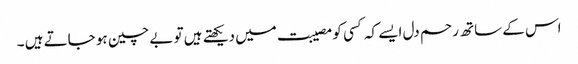
اس کے ساتھ رحم دل ایسے کہ کسی کو مصیبت میں دیکھتے ہیں تو بے چین ہو جاتے ہیں ۔